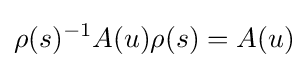
\rho (s)^{-1}A(u)\rho (s)=A(u)